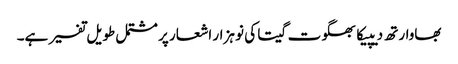
بھاوارتھ دیپیکا بھگوت گیتا کی نو ہزار اشعار پر مشتمل طویل تفسیر ہے۔